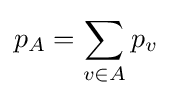
p_{A}=\sum _{v\in A}p_{v}